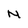
Character: N